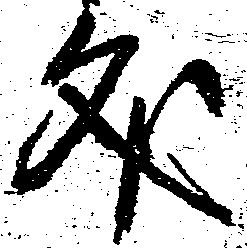
文